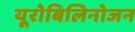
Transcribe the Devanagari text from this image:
यूरोबिलिनोजन